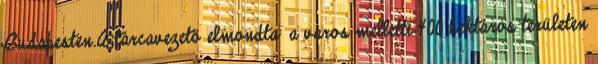
Budapesten.A tárcavezető elmondta: a város melletti 400 hektáros területen